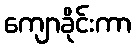
ကျောခိုင်းကာ